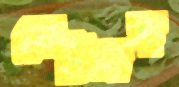
গেটসহ